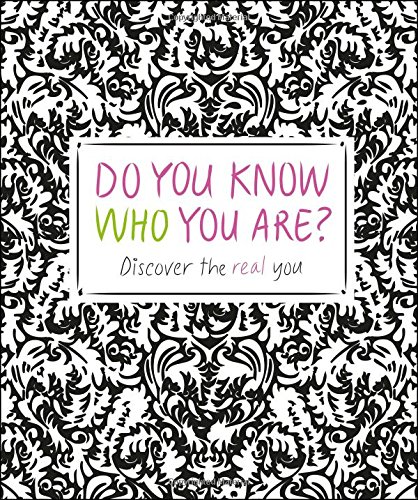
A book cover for Do You Know Who You Are?; Megan Kaye; Teen & Young Adult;